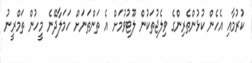
ކުރުމާއި އެހެން ކުޅުންތެރިންގެ ވިލެޖުތަކުން ލޫޓުވުމަށް އެ ތަންތަނަށް ހަމަލާދޭނެ މީހުން ތަމްރީނު